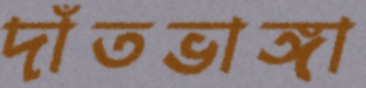
দাঁতভাঙ্গা